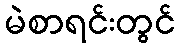
မဲစာရင်းတွင်